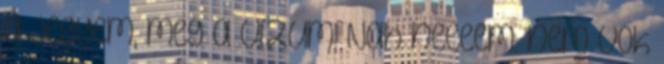
a jegyem, meg a vízum. Nah neeeem. nem vok